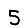
Digit: 5